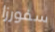
سفورزا